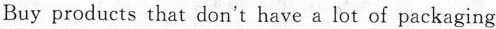
Buy products that don't have a lot of packaging (